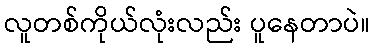
လူတစ်ကိုယ်လုံးလည်း ပူနေတာပဲ။